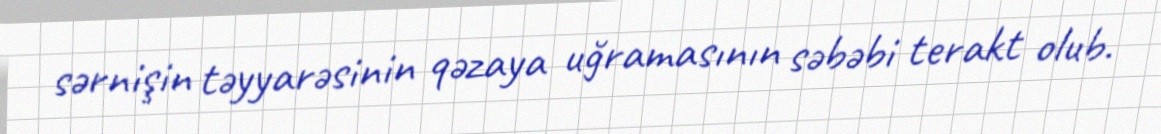
sərnişin təyyarəsinin qəzaya uğramasının səbəbi terakt olub.